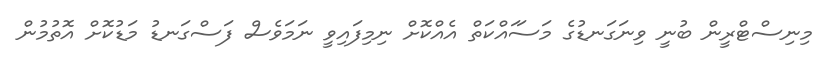
މިނިސްޓްރީން ބުނީ ވިނަގަނޑުގެ މަސަައްކަތް އެއްކޮށް ނިމިފައިވީ ނަމަވެސް ފަސްގަނޑު މަޑުކޮށް އޮތުމުން